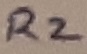
Text: R2